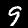
Label: 9